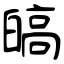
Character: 皜